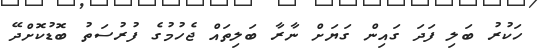
ހަކުރު ބަލި ފަދަ ގައިން ގަޔަށް ނާރާ ބަލިތައް ޖެހުމުގެ ފުރުސަތު ބޮޑުކޮށްދޭ